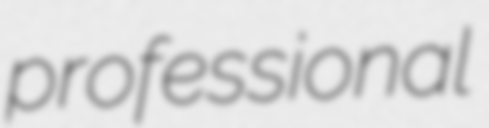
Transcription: professional